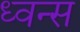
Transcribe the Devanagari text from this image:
ध्वन्स